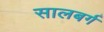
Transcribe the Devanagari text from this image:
सालबर्ग